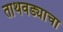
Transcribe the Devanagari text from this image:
ताथवड्याचा